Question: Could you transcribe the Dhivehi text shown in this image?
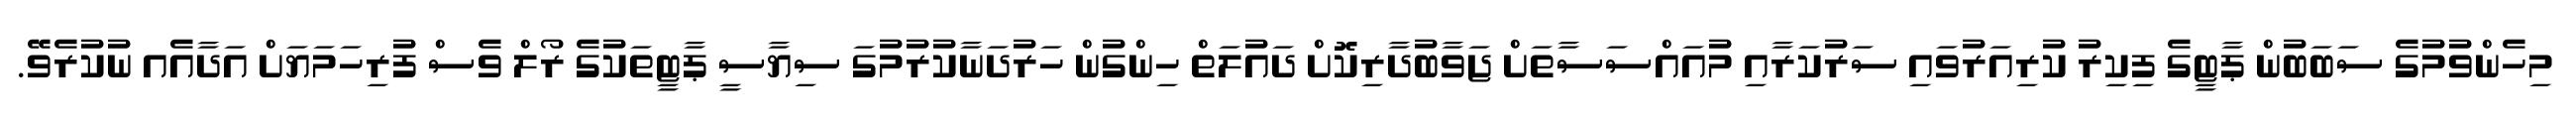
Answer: މިހެންވުމުގެ ސަބަބުން ޕާޓީގެ ފިކިރު ކުރިއަރުވައި ސަރުކަރާއި މުއައްސަސާތަށް ޖަވާބުދާރިކޮށް ދައުލަތް ހިންގުން ހަރުދަނާކުރުމުގަ ސިޔާސީ ޕާޓީތަކުގެ ރޯލް ވެސް ފުރިހަމަޔަށް އަދާއެއ ނުކުރެވޭ.